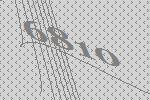
6810